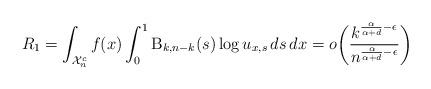
LaTeX: \begin{align*}R_1 = \int_{\mathcal{X}_n^c} f(x) \int_0^1 \mathrm{B}_{k,n-k}(s) \log u_{x,s} \,ds \,dx = o \biggl( \frac{k^{\frac{\alpha}{\alpha+d}-\epsilon}}{n^{\frac{\alpha}{\alpha+d}-\epsilon}} \biggr)\end{align*}